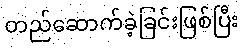
တည်ဆောက်ခဲ့ခြင်းဖြစ်ပြီး